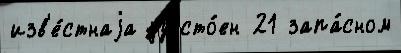
изв'е́стнаjа удосто́ен 21 запа́сном